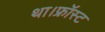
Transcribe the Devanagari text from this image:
था।फ्रॉस्ट